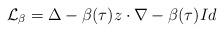
LaTeX: \begin{align*} \mathcal{L}_\beta = \Delta - \beta(\tau) z \cdot \nabla - \beta(\tau ) Id \end{align*}